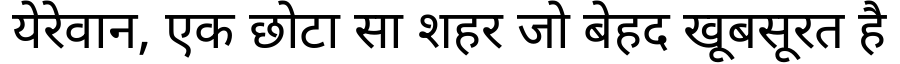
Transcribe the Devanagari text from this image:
येरेवान, एक छोटा सा शहर जो बेहद खूबसूरत है